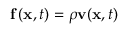
\mathbf { f } \left( \mathbf { x } , t \right) = \rho \mathbf { v } ( \mathbf { x } , t )